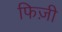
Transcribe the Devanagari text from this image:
फिज़ी